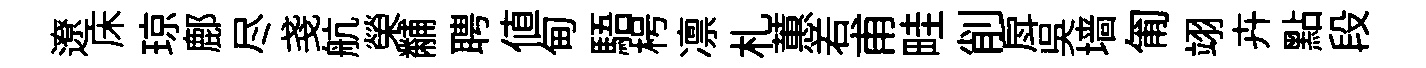
遼床琼鄜尽戔航榮黼聘値甸䮏枵凛札蕙𠰥甫畦削戽吴墙匍翊卉點段